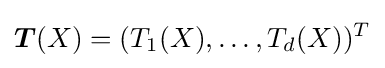
{\boldsymbol {T}}(X)=(T_{1}(X),\ldots ,T_{d}(X))^{T}